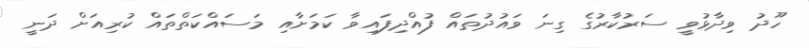
ހޫދު ވިދާޅުވީ ސަރުކާރުގެ ގިނަ ވައުދުތައް ފުއްދިފައިވާ ކަމަށާއި މަސައްކަތްތައް ކުރިއަށް ދަނީ